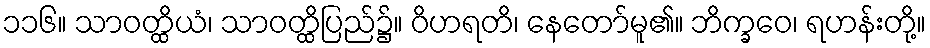
၁၁၆။ သာဝတ္ထိယံ၊ သာဝတ္ထိပြည်၌။ ဝိဟရတိ၊ နေတော်မူ၏။ ဘိက္ခဝေ၊ ရဟန်းတို့။